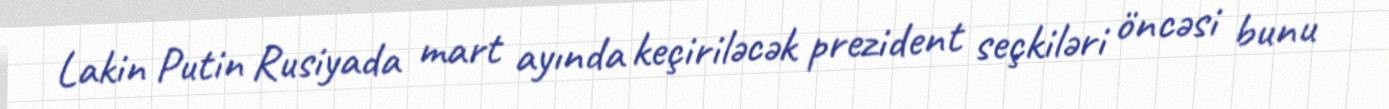
Lakin Putin Rusiyada mart ayında keçiriləcək prezident seçkiləri öncəsi bunu